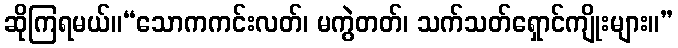
ဆိုကြရမယ်။“သောကကင်းလတ်၊ မကွဲတတ်၊ သက်သတ်ရှောင်ကျိုးများ။”